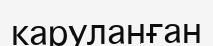
каруланған